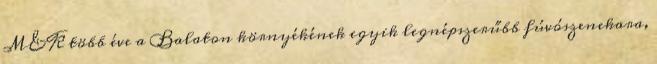
M&K több éve a Balaton környékének egyik legnépszerűbb fúvószenekara,